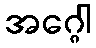
အဂ္ဂေါ